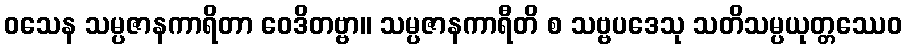
ဝသေန သမ္ပဇာနကာရိတာ ဝေဒိတဗ္ဗာ။ သမ္ပဇာနကာရီတိ စ သဗ္ဗပဒေသု သတိသမ္ပယုတ္တဿေဝ